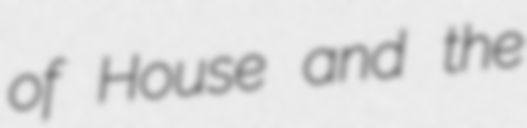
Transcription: of House and the